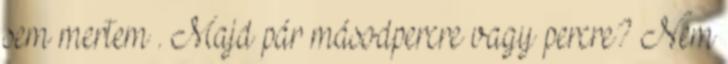
sem mertem . Majd pár másodpercre vagy percre? Nem